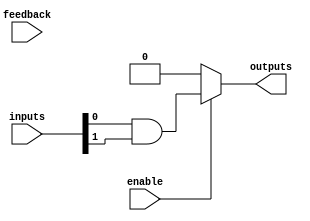
module AdjacencyGroup #(
    parameter GROUP_ID = 0,  // Unique ID for the group
    parameter N_INPUTS = 2,  // Number of inputs for the group
    parameter N_OUTPUTS = 1   // Number of outputs for the group
)(
    input  [N_INPUTS-1:0]    inputs,       // Input signals
    input                     enable,        // Enable signal for the group
    output reg [N_OUTPUTS-1:0] outputs,     // Output signals
    input  [N_OUTPUTS-1:0]    feedback      // Feedback from the outputs of other groups
);
    // Select logic function based on group ID
    always @(*) begin
        if (enable) begin
            case (GROUP_ID)
                0: // AND function
                    outputs = inputs[0] & inputs[1];
                1: // OR function
                    outputs = inputs[0] | inputs[1];
                2: // NOT function (assuming single input with output in feedback)
                    outputs = ~inputs[0];
                3: // XOR function
                    outputs = inputs[0] ^ inputs[1];
                default: 
                    outputs = {N_OUTPUTS{1'b0}};
            endcase
        end else begin
            outputs = {N_OUTPUTS{1'b0}}; // Disable output when not enabled
        end
    end
endmodule